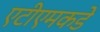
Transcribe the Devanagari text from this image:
एटीएमकडे